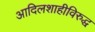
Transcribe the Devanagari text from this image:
आदिलशाहीविरुद्ध